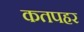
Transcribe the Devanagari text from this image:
कतपहर